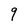
Character: q